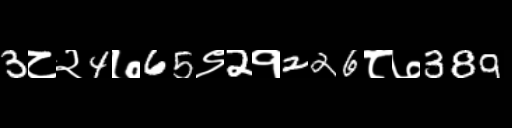
Text: 3८२4७65९2१226८७389